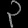
Digit: ၃